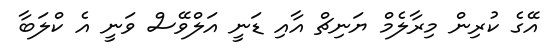
އޭގެ ކުރިން މިރާލެމް ޔަނިޗް އާއި ޑަނީ އަލްވޭސް ވަނީ އެ ކްލަބާ